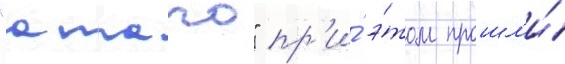
"атаго" пр'и́ э́том прошл'и́